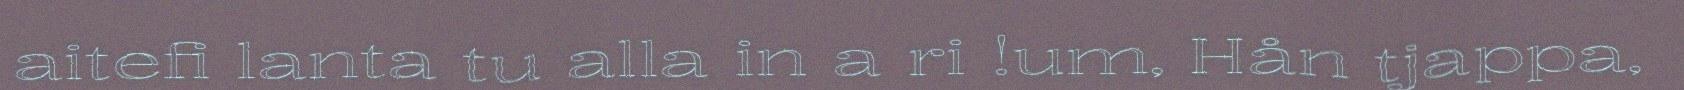
aitefi lanta tu alla in a ri !um, Hån tjappa,